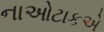
નાઓટાકએ